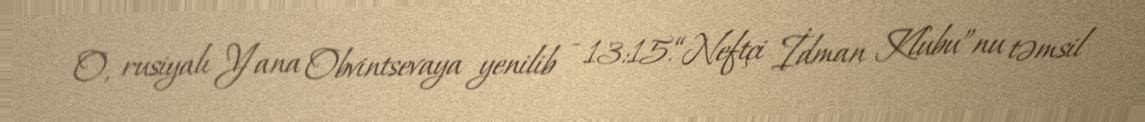
O, rusiyalı Yana Obvintsevaya yenilib - 13:15.“Neftçi İdman Klubu”nu təmsil